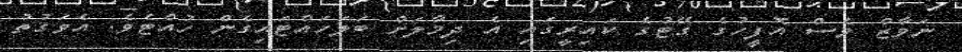
ނަވާޒް ވެސް އޮފީހުގެ ގޭޓުގެ ކައިރީގައި އެ ދިމާލަށް ބަލަހައްޓައިގެން ހުއްޓެވެ. އެވަގުތު